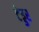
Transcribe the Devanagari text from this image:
टेड्डर